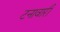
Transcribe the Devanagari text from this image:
टनावारी